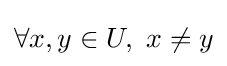
\forall x,y\in U,~x\neq y